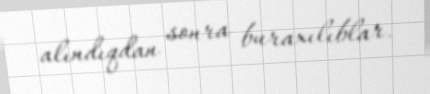
alındıqdan sonra buraxılıblar.